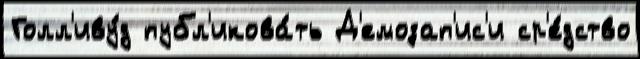
Голл'иву́д публ'икова́ть Д'емозап'ис'и ср'е́дство